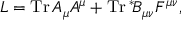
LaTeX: { \cal L } = \mathrm { T r } \, { \cal A } _ { \mu } { \cal A } ^ { \mu } + \mathrm { T r } \, \mathrm { } ^ { * } \! { \cal B } _ { \mu \nu } { \cal F } ^ { \mu \nu } ,